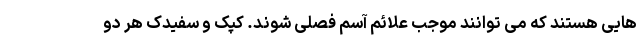
هایی هستند که می توانند موجب علائم آسم فصلی شوند. کپک و سفیدک هر دو